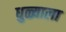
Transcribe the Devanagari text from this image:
धुळ्याला